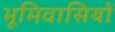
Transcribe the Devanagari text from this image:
भूमिवासियों